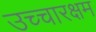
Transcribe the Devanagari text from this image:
उच्चारक्षम